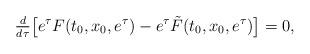
LaTeX: \begin{align*} \tfrac{d}{d\tau} \bigl[ e^\tau F(t_0,x_0,e^\tau) - e^\tau \tilde F(t_0,x_0,e^\tau)\bigr] =0, \end{align*}